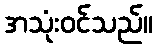
အသုံးဝင်သည်။